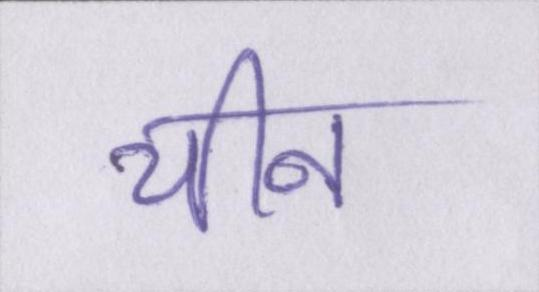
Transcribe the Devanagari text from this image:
चीन